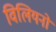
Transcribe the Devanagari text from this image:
विलियनों